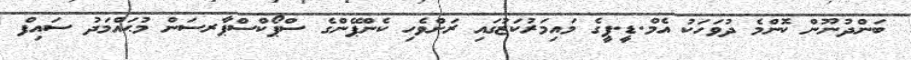
ބަންދުނޫން ކޮންމެ ދުވަހަކު އެމް.ޑީ.ޕީގެ މައިމަރުކަޒުގައި ރަށްވެހި ކެންޕޭންގެ ސްޕޯކްސްޕާރސަން މުޙައްމަދު ސައިފް